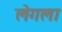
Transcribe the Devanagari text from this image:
लेगला